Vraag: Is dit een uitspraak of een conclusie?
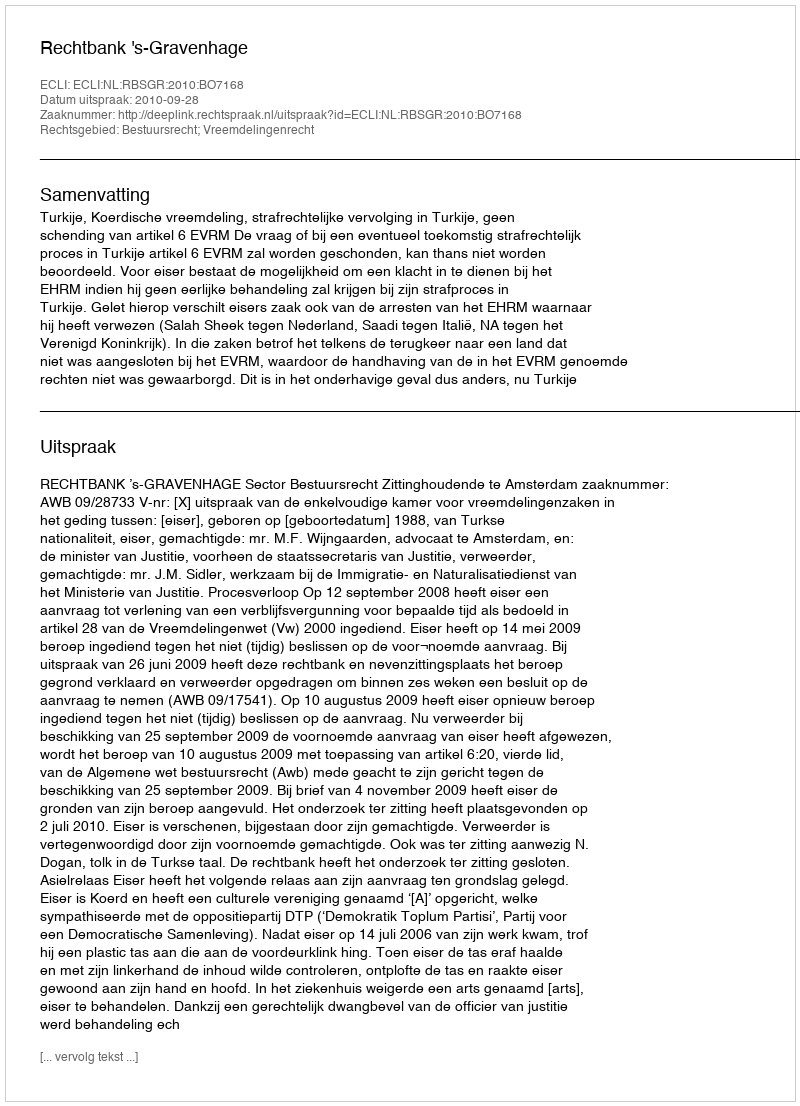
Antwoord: Uitspraak